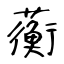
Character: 蘅